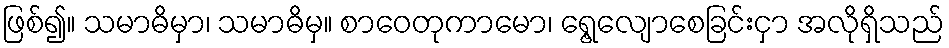
ဖြစ်၍။ သမာဓိမှာ၊ သမာဓိမှ။ စာဝေတုကာမော၊ ရွေ့လျောစေခြင်းငှာ အလိုရှိသည်